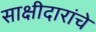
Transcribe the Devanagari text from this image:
साक्षीदारांचे